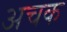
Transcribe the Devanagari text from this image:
अचक